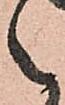
之